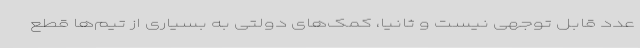
عدد قابل‌ توجهی نیست و ثانیا، کمک‌های دولتی به بسیاری از تیم‌ها قطع